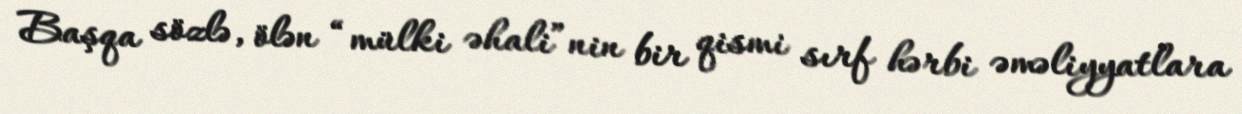
Başqa sözlə, ölən “mülki əhali”nin bir qismi sırf hərbi əməliyyatlara